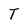
Character: T